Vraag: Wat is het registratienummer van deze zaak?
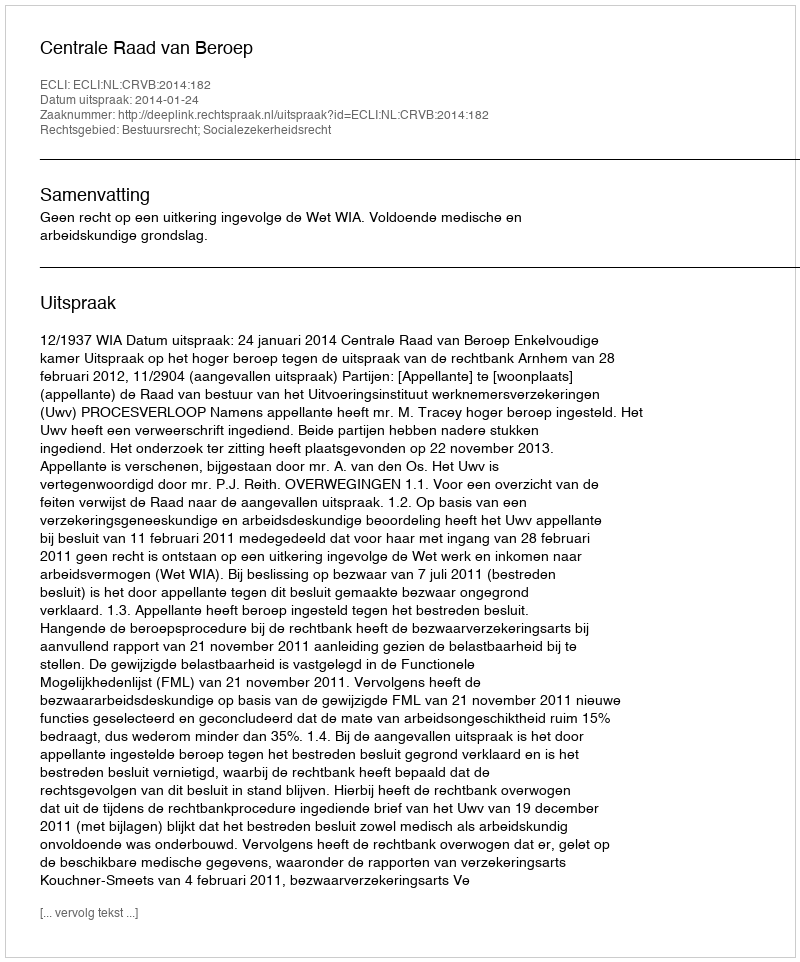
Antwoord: http://deeplink.rechtspraak.nl/uitspraak?id=ECLI:NL:CRVB:2014:182